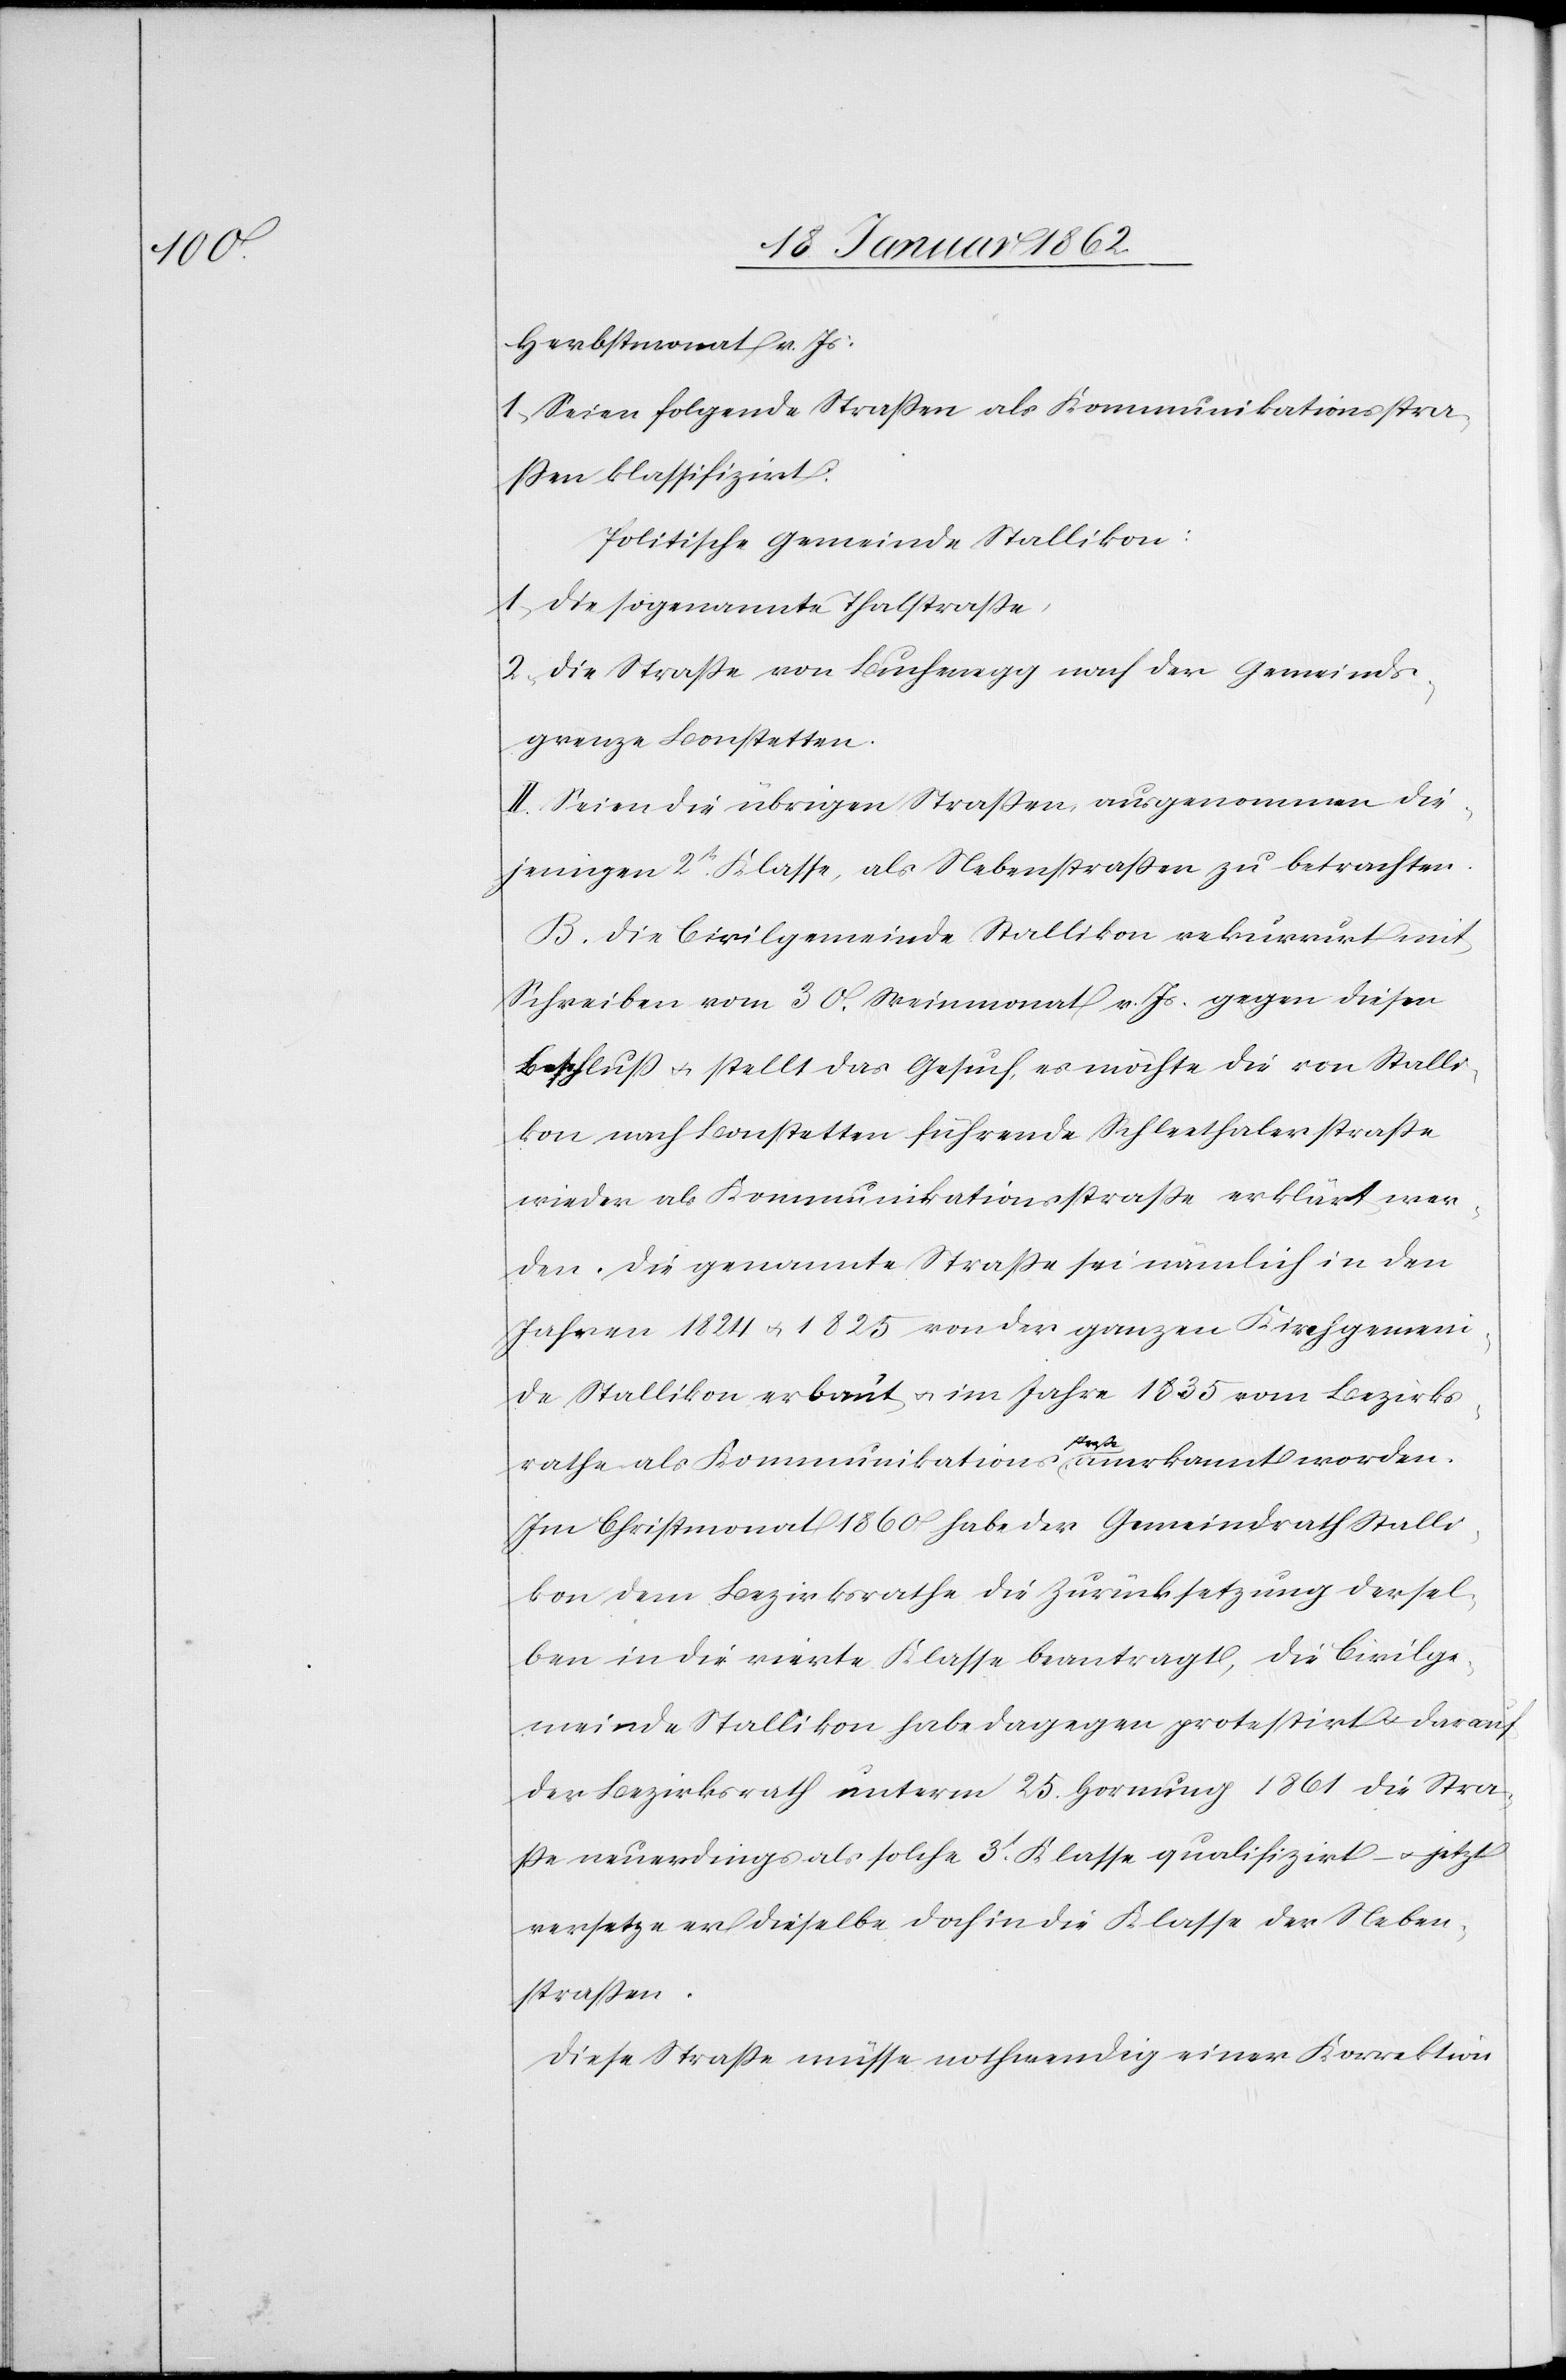
Herbstmonat v. Js:
I. Seien folgende Straßen als Kommunikationsstra¬
ßen klassifizirt:
Politische Gemeinde Stallikon:
1) die sogenannte Thalstraße,
2) die Straße von Buchenegg nach der Gemeinds¬
grenze Bonstetten.
II. Seien die übrigen Straßen ausgenommen die¬
jenigen 2t. Klasse, als Nebenstraßen zu betrachten.
B. Die Civilgemeinde Stallikon rekurrirt mit
Schreiben vom 30. Weinmonat v. Js. gegen diesen
Beschluß u. stellt das Gesuch, es möchte die von Stalli¬
kon nach Bonstetten führende Schleethalerstraße
wieder als Kommunikationsstraße erklärt wer¬
den. Die genannte Straße sei nämlich in den
Jahren 1824 u. 1825 von der ganzen Kirchgemein¬
de Stallikon erbaut u. im Jahre 1835 vom Bezirks¬
rathe als Kommunikationsa-straße-a anerkannt worden.
Im Christmonat 1860 habe der Gemeindrath Stalli¬
kon dem Bezirksrathe die Zurücksetzung dersel¬
ben in die vierte Klasse beantragt, die Civilge¬
meinde Stallikon habe dagegen protestirt u. darauf
der Bezirksrath unterm 25. Hornung 1861 die Stra¬
ße neuerdings als solche 3t. Klasse qualifizirt – u. jetzt
versetze er dieselbe doch in die Klasse der Neben¬
straßen.
Diese Straße müsse nothwendig einer Korrektion